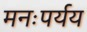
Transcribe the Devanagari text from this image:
मनःपर्यय